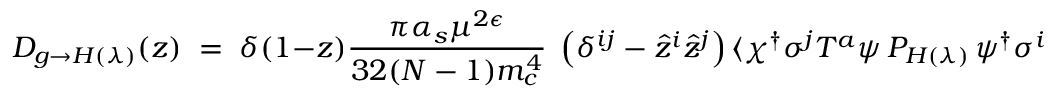
D _ { g \to H ( \lambda ) } ( z ) \; = \; \delta ( 1 - z ) { \frac { \pi \alpha _ { s } \mu ^ { 2 \epsilon } } { 3 2 ( N - 1 ) m _ { c } ^ { 4 } } } \; \left( \delta ^ { i j } - { \hat { z } } ^ { i } { \hat { z } } ^ { j } \right) \langle \chi ^ { \dagger } \sigma ^ { j } T ^ { a } \psi \, { \cal P } _ { H ( \lambda ) } \, \psi ^ { \dagger } \sigma ^ { i } T ^ { a } \chi \rangle .